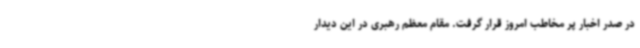
در صدر اخبار پر مخاطب امروز قرار گرفت. مقام معظم رهبری در این دیدار